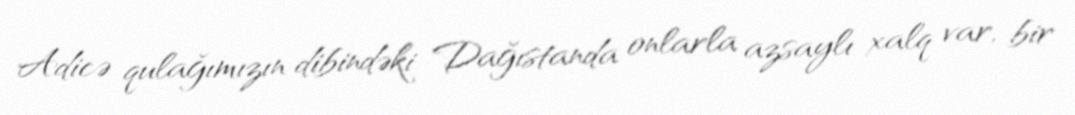
Adicə qulağımızın dibindəki Dağıstanda onlarla azsaylı xalq var, bir